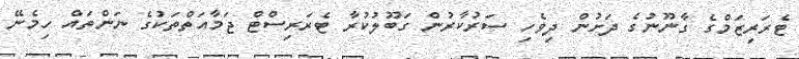
ޓެރަރިޒަމްގެ ގާނޫނުގެ ދަށުން ދިވެހި ސަރުކާރުން ގަބޫލުކުރާ ޓެރަރިސްޓް ޖަމާއަތްތަކުގެ ނަންތައް ހިމެނޭ